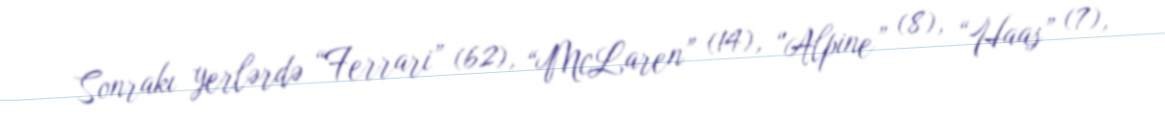
Sonrakı yerlərdə “Ferrari” (62), “McLaren” (14), “Alpine” (8), “Haas” (7),